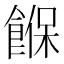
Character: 䭋